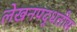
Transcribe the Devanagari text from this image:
लेखनपद्धतीस